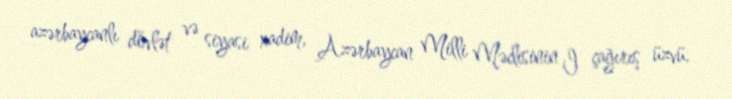
azərbaycanlı dövlət və siyasi xadim, Azərbaycan Milli Məclisinin I çağırış üzvü.